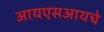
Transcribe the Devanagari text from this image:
आयएसआयचे